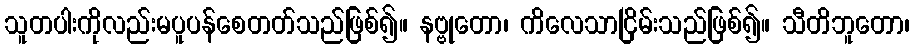
သူတပါးကိုလည်းမပူပန်စေတတ်သည်ဖြစ်၍။ နဗ္ဗုတော၊ ကိလေသာငြိမ်းသည်ဖြစ်၍။ သီတိဘူတော၊